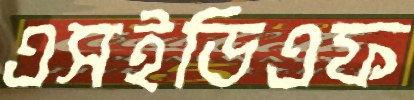
এসইডিএফ